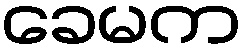
ခေမက